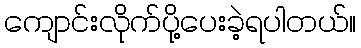
ကျောင်းလိုက်ပို့ပေးခဲ့ရပါတယ်။